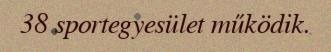
38 sportegyesület működik.